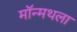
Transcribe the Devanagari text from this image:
मॉन्मथला